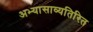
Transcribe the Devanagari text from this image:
अभ्यासाव्यतिरित